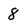
Character: 8